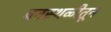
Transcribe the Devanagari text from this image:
वनस्थळीतून